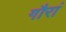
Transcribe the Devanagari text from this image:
गौरां